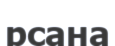
рсана